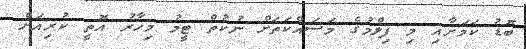
ބޮޑު ކަމަށާއި މި ފިލްމުގެ މަސައްކަތަށް ނުކުތް ޓީމު މިހާރު އޮތީ ކުރިއަށް